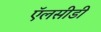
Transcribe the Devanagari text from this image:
ऍलसीडी